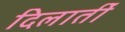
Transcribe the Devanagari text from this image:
दिलातीं